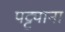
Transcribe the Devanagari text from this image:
पट्ट्याना